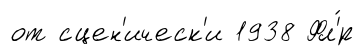
от сцен'ическ'и 1938 Фл'́р